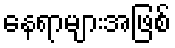
နေရာများအဖြစ်